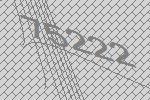
75222